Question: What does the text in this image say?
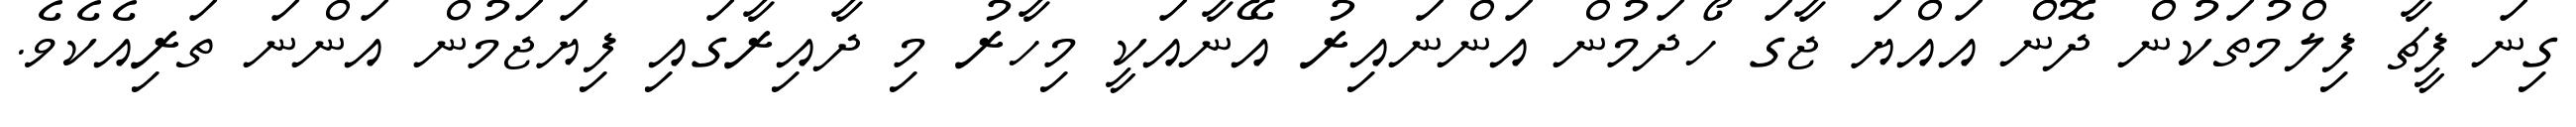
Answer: ގިނަ ފީޗާ ފިލްމުތަކުން ދޮން އައްޔަ ޖާގަ ހޯދަމުން އަންނައިރު އޭނާއަކީ މިހާރު މި ދާއިރާގައި ފިޔަޖަމުން އަންނަ ތަރިއެކެވެ.